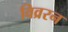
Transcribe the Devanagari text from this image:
विव्ररन